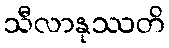
သီလာနုဿတိ